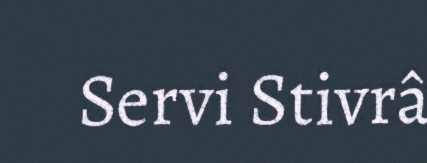
Servi Stivrâ